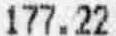
177.22